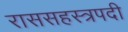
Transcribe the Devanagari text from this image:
राससहस्त्रपदी